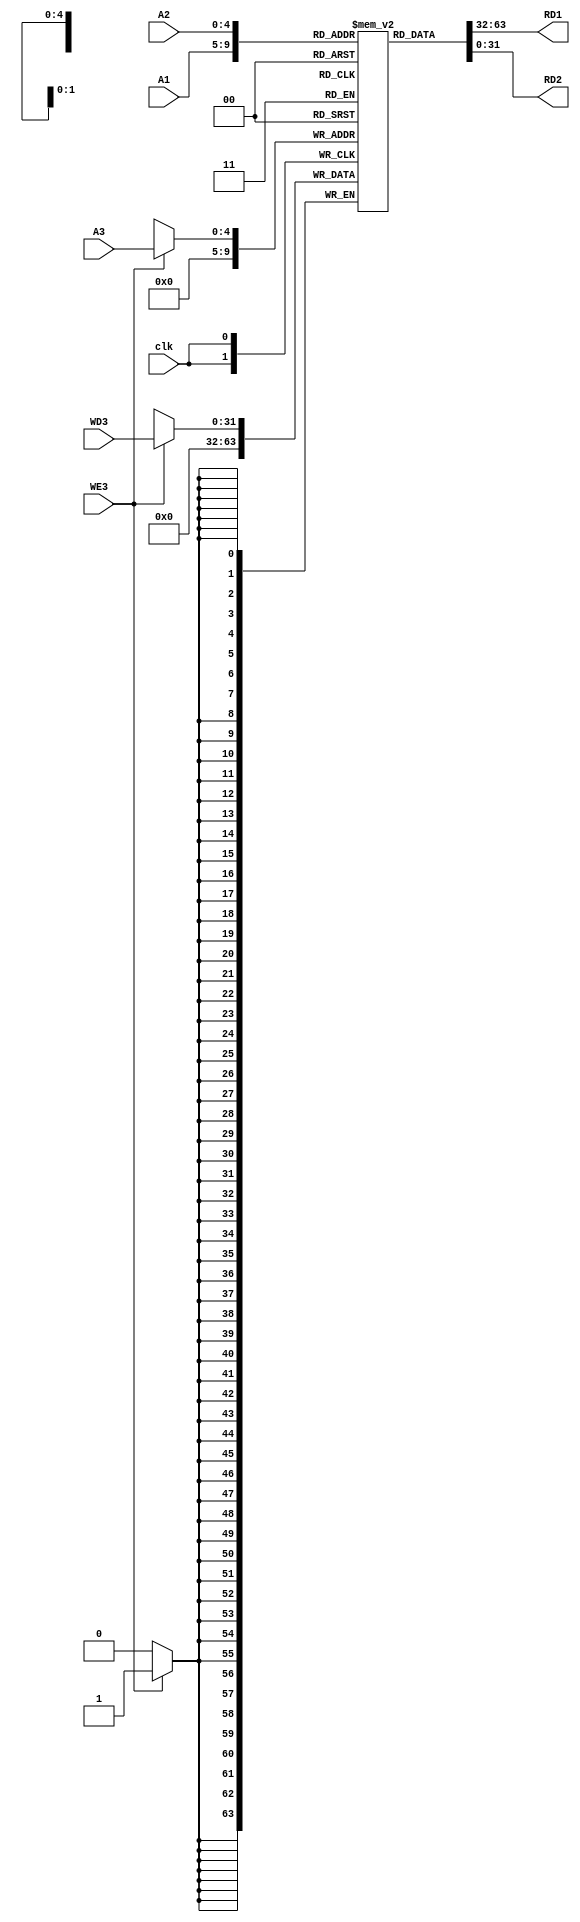

//////////////////////////////////////////////////////////////////////////////////
// Company: 
// 
// Design Name: 
// Module Name: RegFile
// Project Name: single cycle MIPS
// Target Devices: 
// Tool Versions: 
// Description: 
// 
// Dependencies: 
// 
// Revision:
// Revision 0.01 - File Created
// Additional Comments:
// 
//////////////////////////////////////////////////////////////////////////////////

module RegFile
				 #(parameter width = 32,depth = 32)
				 (
				 input clk,
				 input WE3,
				 input [4:0] A1,A2,A3,
				 input [31:0] WD3,
				 output [31:0] RD1,RD2
				 );
				 
				  reg [width-1:0] RegFile [0:depth-1];
				  
				  integer i;
				  initial
				  begin
					 for (i = 0; i < 32; i = i+1)
						RegFile [i] = 0;
				  end
				 
				 	
				always @(posedge clk) 
				begin
					 if (WE3) 
					 begin
						RegFile[A3] <= WD3; // Synchronous write
						RegFile[0]=32'b0; //always keep the value of $0 equal to zero
					 end
				end

				assign RD1 = RegFile[A1]; // Asynchronous read for RD1
				assign	RD2 = RegFile[A2]; // Asynchronous read for RD2

endmodule